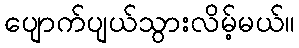
ပျောက်ပျယ်သွားလိမ့်မယ်။